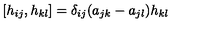
[ h _ { i j } , h _ { k l } ] = \delta _ { i j } ( a _ { j k } - a _ { j l } ) h _ { k l }